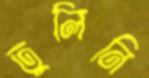
তুলিনি